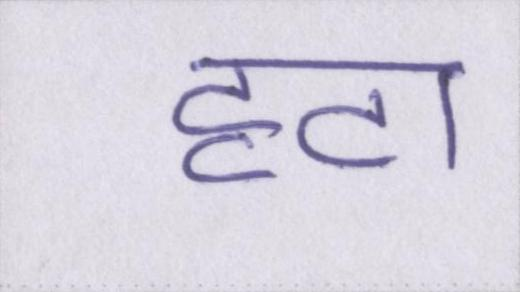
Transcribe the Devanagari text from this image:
हटा